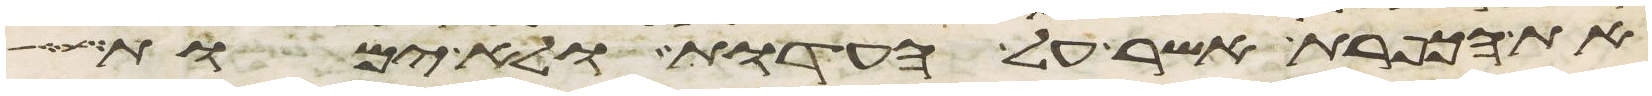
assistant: את הכפרת אשר על העדות ולא ימות